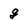
Character: g